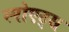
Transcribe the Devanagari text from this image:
स्पोएट्स